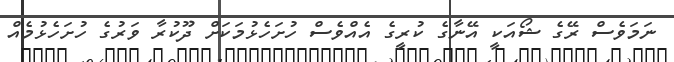
ނަމަވެސް ރޭގެ ޝޯއަކީ އޭނާގެ ކުރީގެ އެއްވެސް ހުށަހެޅުމަކަށް ދޫކުރާ ވަރުގެ ހުށަހެޅުމެއް